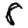
Digit: 8